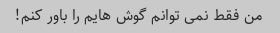
من فقط نمی توانم گوش هایم را باور کنم!